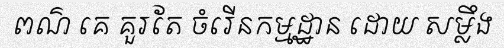
ពណ៌ គេ គួរតែ ចំរើនកម្មដ្ឋាន ដោយ សម្លឹង